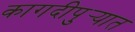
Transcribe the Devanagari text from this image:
कागदीपुर्‍यात